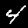
Label: 4